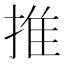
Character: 推